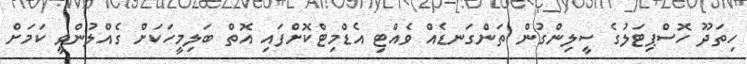
ހިތަދޫ ހޮސްޕިޓަލުގެ ސީލިންގުން ތަންގަނޑެއް ވެއްޓި އެޑްމިޓްކޮށްފައި އޮތް ބަލިމީހަކަށް ގެއްލުންވީ ކަމަށް